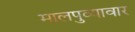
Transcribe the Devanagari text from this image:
मालपुव्यावार